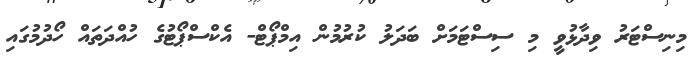
މިނިސްޓަރު ވިދާޅުވީ މި ސިސްޓަމަށް ބަދަލު ކުރުމުން އިމްޕޯޓް- އެކްސްޕޯޓުގެ ހުއްދަތައް ހޯދުމުގައި